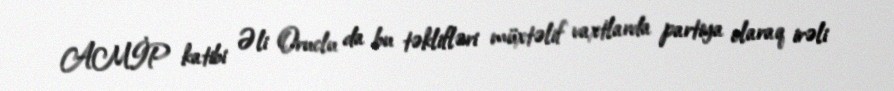
AMİP katibi Əli Oruclu da bu təklifləri müxtəlif vaxtlarda partiya olaraq irəli